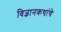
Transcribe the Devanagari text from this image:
विज्ञानकथांचे